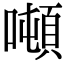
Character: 噸